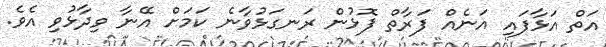
އަތް އަޅާފައި އަނެއް ފަރާތް ފޮޅުން ރަނގަޅުވާނެ ކަމަށް އޭނާ ވިދާޅުވި އެވެ.